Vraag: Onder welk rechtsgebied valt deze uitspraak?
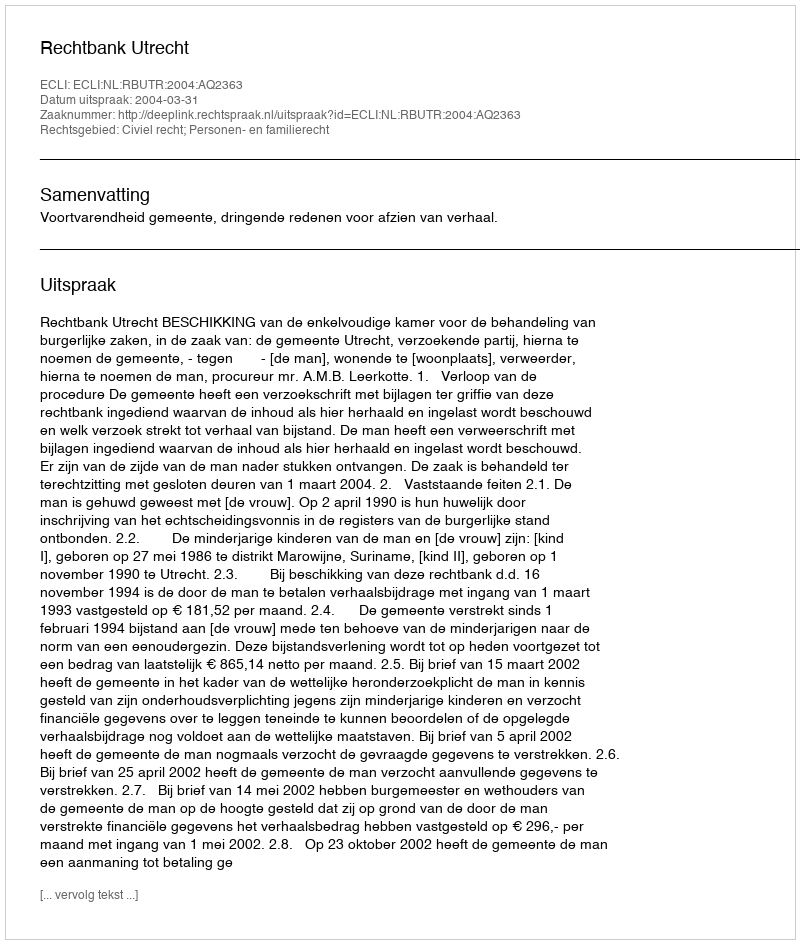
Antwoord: Civiel recht; Personen- en familierecht